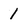
Character: 1